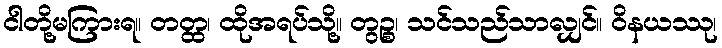
ငါတို့မကြားရ။ တတ္ထ၊ ထိုအရပ်သို့။ တွဉ္စ၊ သင်သည်သာလျှင်။ ဝိနယဿု၊